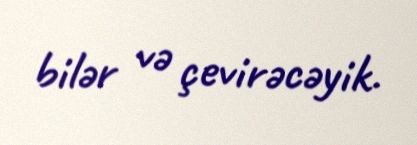
bilər və çevirəcəyik.